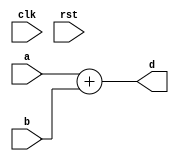
module conf_int_add__noFF__arch_agnos( clk, rst, a, b, d
 );

//--- parameters
//parameter BT_RND = 0
parameter OP_BITWIDTH = 16; //operator bit width
parameter DATA_PATH_BITWIDTH = 16; //flip flop Bit width

//--- input,outputs
input clk;
input rst;
input [DATA_PATH_BITWIDTH -1:0] a;
input [DATA_PATH_BITWIDTH-1:0] b;
output [DATA_PATH_BITWIDTH:0] d;


//--- no flop design
assign  d = (a + b);

endmodule


module conf_int_add__noFF__arch_agnos__w_wrapper( clk, rst, a, b, d
);

//--- parameters
//parameter BT_RND = 0
parameter OP_BITWIDTH = 16; //operator bit width
parameter DATA_PATH_BITWIDTH = 16; //flip flop Bit width


//--- input,outputs
input [DATA_PATH_BITWIDTH -1:0] a;
input [DATA_PATH_BITWIDTH-1:0] b;
output [DATA_PATH_BITWIDTH:0] d;
input clk;
input rst;

 // synopsys dc_script_begin
 //set_dont_touch d
 // synopsys dc_script_end

conf_int_add__noFF__arch_agnos #(OP_BITWIDTH,DATA_PATH_BITWIDTH) add__inst(.clk(clk), .rst(rst), .a(a), .b(b), 
    .d(d));

endmodule